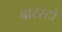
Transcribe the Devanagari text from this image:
बारस्टो